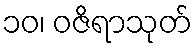
၁၀၊ ဝဇိရာသုတ်